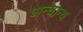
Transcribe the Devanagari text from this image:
अन्‍यान्‍य